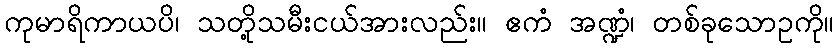
ကုမာရိကာယပိ၊ သတို့သမီးငယ်အားလည်း။ ဧကံ အဏ္ဍံ၊ တစ်ခုသောဥကို။